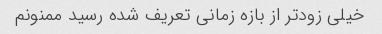
خیلی زودتر از بازه زمانی تعریف شده رسید ممنونم